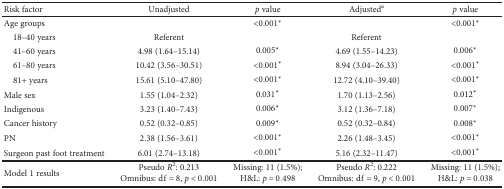
<table><thead><tr><td><b>Risk factor</b></td><td><b>Unadjusted</b></td><td><b><i>p</i> value</b></td><td><b>Adjusted<sup>a</sup></b></td><td><b><i>p</i> value</b></td></tr></thead><tbody><tr><td>Age groups</td><td></td><td>&lt;0.001<sup>∗</sup></td><td></td><td>&lt;0.001<sup>∗</sup></td></tr><tr><td> 18–40 years</td><td>Referent</td><td></td><td>Referent</td><td></td></tr><tr><td> 41–60 years</td><td>4.98 (1.64–15.14)</td><td>0.005<sup>∗</sup></td><td>4.69 (1.55–14.23)</td><td>0.006<sup>∗</sup></td></tr><tr><td> 61–80 years</td><td>10.42 (3.56–30.51)</td><td>&lt;0.001<sup>∗</sup></td><td>8.94 (3.04–26.33)</td><td>&lt;0.001<sup>∗</sup></td></tr><tr><td> 81+ years</td><td>15.61 (5.10–47.80)</td><td>&lt;0.001<sup>∗</sup></td><td>12.72 (4.10–39.40)</td><td>&lt;0.001<sup>∗</sup></td></tr><tr><td>Male sex</td><td>1.55 (1.04–2.32)</td><td>0.031<sup>∗</sup></td><td>1.70 (1.13–2.56)</td><td>0.012<sup>∗</sup></td></tr><tr><td>Indigenous</td><td>3.23 (1.40–7.43)</td><td>0.006<sup>∗</sup></td><td>3.12 (1.36–7.18)</td><td>0.007<sup>∗</sup></td></tr><tr><td>Cancer history</td><td>0.52 (0.32–0.85)</td><td>0.009<sup>∗</sup></td><td>0.52 (0.32–0.84)</td><td>0.008<sup>∗</sup></td></tr><tr><td>PN</td><td>2.38 (1.56–3.61)</td><td>&lt;0.001<sup>∗</sup></td><td>2.26 (1.48–3.45)</td><td>&lt;0.001<sup>∗</sup></td></tr><tr><td>Surgeon past foot treatment</td><td>6.01 (2.74–13.18)</td><td>&lt;0.001<sup>∗</sup></td><td>5.16 (2.32–11.47)</td><td>&lt;0.001<sup>∗</sup></td></tr><tr><td>Model 1 results</td><td>Pseudo <i>R</i><sup>2</sup>: 0.213Omnibus: df = 8, <i>p</i> &lt; 0.001</td><td>Missing: 11 (1.5%);H&amp;L: <i>p</i> = 0.498</td><td>Pseudo <i>R</i><sup>2</sup>: 0.222Omnibus: df = 9, <i>p</i> &lt; 0.001</td><td>Missing: 11 (1.5%);H&amp;L: <i>p</i> = 0.038</td></tr></tbody></table>